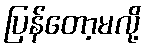
ပြန်တော့မလို့